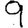
Digit: 9